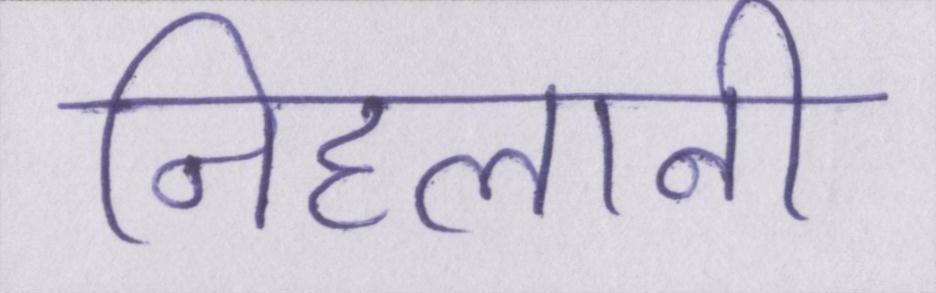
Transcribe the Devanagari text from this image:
निहलानी